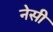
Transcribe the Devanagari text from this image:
नेसी